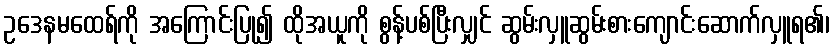
ဥဒေနမထေရ်ကို အကြောင်းပြု၍ ထိုအယူကို စွန့်ပစ်ပြီးလျှင် ဆွမ်းလှူဆွမ်းစားကျောင်းဆောက်လှူရ၏၊